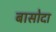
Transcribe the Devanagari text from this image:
बासोदा